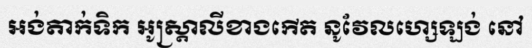
អង់តាក់ទិក អូស្ត្រាលីខាងកើត នូវែលហ្សេឡង់ នៅ